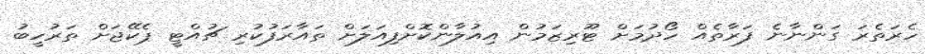
ހެރަތެރަ ގަންނާނެ ފަރާތެއް ހޯދުމަށް ޓޫރިޒަމުން އިއުލާންކޮށްފިއަލަށް ތައާރަފުކުރި ޗުއްޓީ ޕެކޭޖަށް ތަރުހީބު